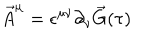
LaTeX: \vec { A } ^ { \mu } = \epsilon ^ { \mu \nu } \partial _ { \nu } \vec { G } ( \tau )